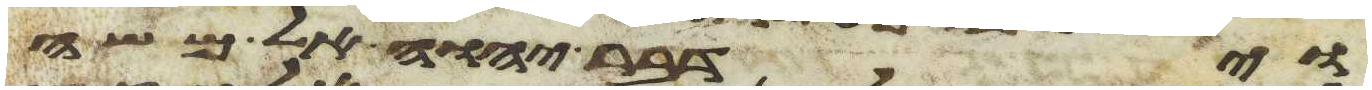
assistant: וידבר יהוה אל משה